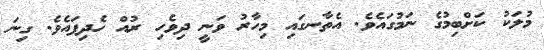
މުލަކު ކަށްބިމުގެ ނަމުގައެވެ. އެތާނގައި މިހާރު ވަނީ ދިވެހި ރުއް ހެދިފައެވެ. ގިނަ